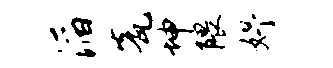
滔瓮坤隈妤